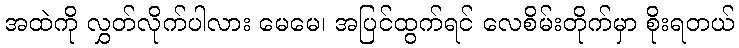
အထဲကို လွှတ်လိုက်ပါလား မေမေ၊ အပြင်ထွက်ရင် လေစိမ်းတိုက်မှာ စိုးရတယ်